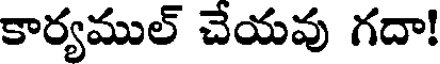
కార్యముల్ చేయవు గదా!